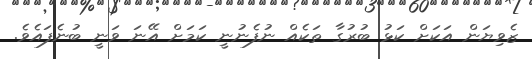
ޒެވިޔަން އަކަށް ކަޅު ބުރުގާ ތަކެއް ނުފެނުނީ ކަމަށް އޭނަ ވަނީ ބުނެފައެވެ.